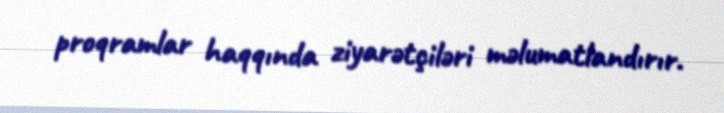
proqramlar haqqında ziyarətçiləri məlumatlandırır.